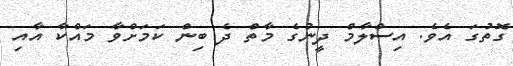
ގޮތުގަ އެވެ. އިސްލާމް ދީނުގެ މާތް ދެ ބިން ކަމަށްވާ މައްކާ އާއި